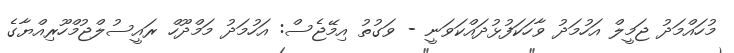
މުހައްމަދު ޖަމީލް އަހުމަދު ވާހަކަފުޅުދައްކަވަނީ - ވަގުތު އިމޭޖެސް: އަހުމަދު މަމްދޫހް ރައީސުލްޖުމްހޫރިއްޔާގެ